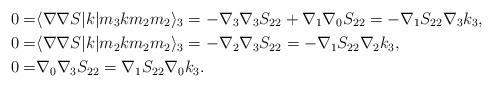
LaTeX: \begin{align*}0=&\langle\nabla\nabla S\vert k \vert m_{3}km_{2}m_2\rangle_{3} =-\nabla_{3}\nabla_{3}S_{22}+\nabla_{1}\nabla_{0}S_{22}=-\nabla_{1}S_{22}\nabla_{3}k_3,\\0=&\langle\nabla\nabla S\vert k \vert m_{2}km_{2}m_{2}\rangle_{3} =-\nabla_{2}\nabla_{3}S_{22}=-\nabla_{1}S_{22}\nabla_{2}k_{3},\\0=&\nabla_{0}\nabla_{3}S_{22}=\nabla_{1}S_{22}\nabla_{0}k_{3}.\end{align*}